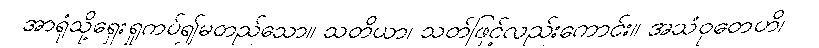
အာရုံသို့ရှေးရှုကပ်၍မတည်သော။ သတိယာ၊ သတ်ဖြင့်လည်းကောင်း။ အသံဝုတေဟိ၊